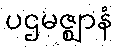
ပဌမဇ္ဈာနံ